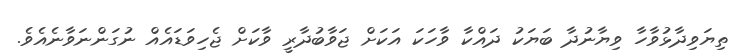
ތިޔަވިދާޅުވާހާ ވިޔާނުދާ ބަޔަކު ދައްކާ ވާހަކަ އަކަށް ޖަވާބުދާރީ ވާކަށް ޖެހިވަޑައެއް ނުގަންނަވާނެއެވެ.